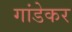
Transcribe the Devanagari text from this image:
गांडेकर